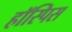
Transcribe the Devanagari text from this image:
हॉस्पिस